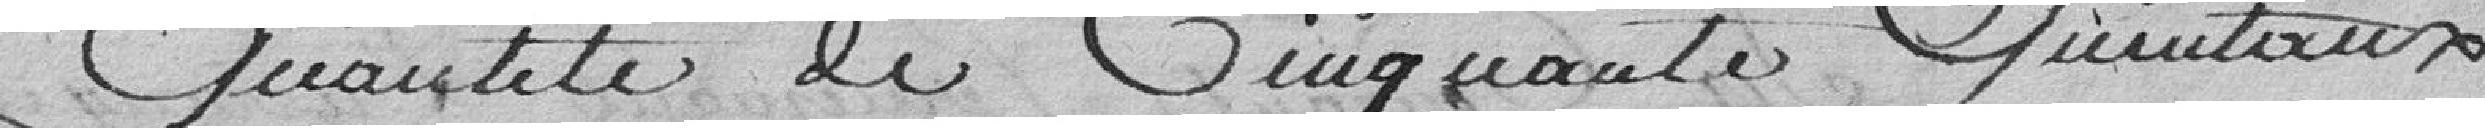
la quantité de cinquante quintaux